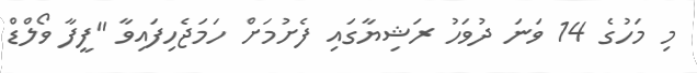
މި މަހުގެ 14 ވަނަ ދުވަހު ރަޝިޔާގައި ފެށުމަށް ހަމަޖެހިފައިވާ "ފީފާ ވޯލްޑް